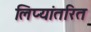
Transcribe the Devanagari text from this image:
लिप्यांतरित